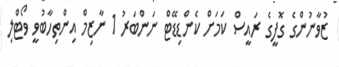
ޒުވާނުންގެ ގޮފީގެ ރައީސް ކަމަށް ކެންޑިޑޭޓް ނަންބަރު 1 ނާޒިމް އިންތިހާބުވީ ވޯޓްލި